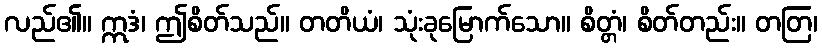
လည်၏။ ဣဒံ၊ ဤစိတ်သည်။ တတိယံ၊ သုံးခုမြောက်သော။ စိတ္တံ၊ စိတ်တည်း။ တတြ၊